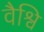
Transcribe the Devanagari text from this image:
वैश्वि